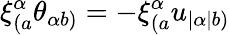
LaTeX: \xi_{(a}^{\alpha}\theta_{\alpha b)}=-\xi_{(a}^{\alpha}u_{|\alpha|b)}